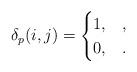
LaTeX: \begin{gather*}\delta_p(i,j) = \begin{cases} 1, & , \\ 0, & . \end{cases}\end{gather*}